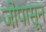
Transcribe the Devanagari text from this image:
जोपासून